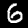
Label: 6